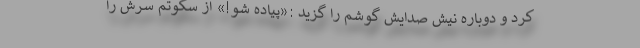
کرد و دوباره نیش صدایش گوشم را گزید :«پیاده شو!» از سکوتم سرش را